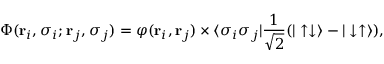
\Phi ( \mathbf { r } _ { i } , \sigma _ { i } ; \mathbf { r } _ { j } , \sigma _ { j } ) = \varphi ( \mathbf { r } _ { i } , \mathbf { r } _ { j } ) \times \langle \sigma _ { i } \sigma _ { j } | \frac { 1 } { \sqrt { 2 } } ( | \uparrow \downarrow \rangle - | \downarrow \uparrow \rangle ) ,